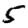
Digit: 5